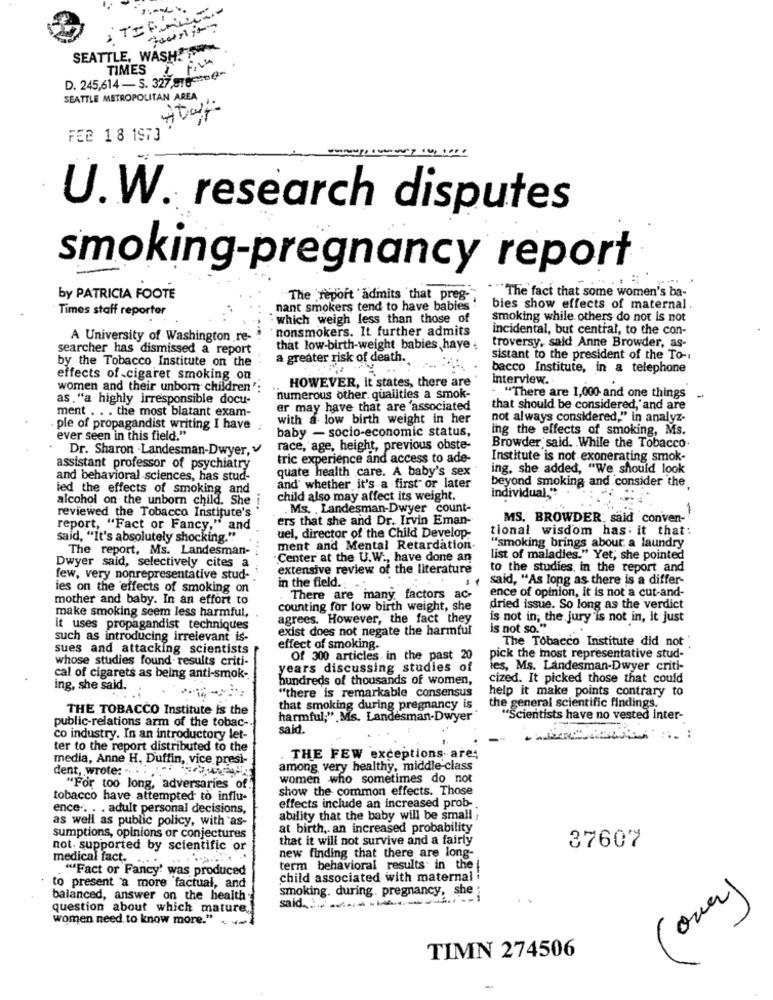
fourty
SEATTLE, WASH
TIMES I FINA
D. 245,614 - S. 327 876cte(-
SEATTLE METROPOLITAN AREA
FEB 18 1973
=:
U.W. research disputes
smoking-pregnancy report
by PATRICIA FOOTE
The report admits that preg-
"The fact that some women's ba-
Times staff reporter
nant smokers tend to have babies
bies show effects of maternal.
- which weigh less than those of
smoking while others do not is not
nonsmokers. It further admits
incidental, but central, to the con-
A University of Washington re- .
searcher has dismissed a report
that low-birth-weight babies haye .
troversy, sald Anne Browder, as-
by the Tobacco Institute on the
a greater risk of death.
sistant to the president of the To-
bacco Institute, in a telephone
effects of cigaret smoking on
Interview ..
women and their unborn children":
HOWEVER, it states, there are
as."a highly irresponsible docu-
numerous other. qualities a smok-
"There are 1,000 and one things
ment . . . the most blatant exam-
er may have that are associated
that should be considered, and are
with a low birth weight in her
not always considered," in analyz-
. ple of propagandist writing I have ;
baby - socio-economic status,
ing the effects of smoking, Ms.
ever seen in this field."
Dr. Sharon . Landesman-Dwyer,
race, age, height, previous obste-
Browder said. . While the Tobacco.
tric experience and access to ade-
Institute is not exonerating smok-
assistant professor of psychiatry
quate health care. A baby's sex
ing. she added, "We should look
and behavioral sciences, has stud-
beyond smoking and consider the
led the effects of smoking and
and whether it's a first or later
individual."
alcohol on the unborn child. She
child also may affect its weight.
reviewed the Tobacco Institute's
. Ms. . Landesman-Dwyer count-
1
ers that she and Dr. Irvin Eman-
MS. BROWDER, said conven-
report, "Fact or Fancy," and
uel, director of the Child Develop-
tional wisdom has. it that:
said, "It's absolutely shocking."
The report, Ms. Landesman-
ment and Mental Retardation
"smoking brings about. a laundry
Center at the U.W ., have done an
list of maladies." Yet; she pointed
Dwyer said, selectively cites a
extensive review of the literature
to the studies, in the report and
few, very nonrepresentative stud-
said, "As long as there is a differ-
ies on the effects of smoking on
in the field .. ..
ence of opinion, it is not a cut-and-
mother and baby. In an effort to
There are many factors ac-
make smoking seem less harmful,
counting for low birth weight, she
dried issue. So long as the verdict
agrees. However, the fact they
is not in, the jury'is not in, it just
it uses propagandist techniques
exist does not negate the harmful
is not so."
such as introducing irrelevant is-
The Tobacco Institute did not
sues and attacking scientists
effect of smoking.
whose studies found results criti-
Of 300 articles in the past 20
pick the most representative stud-
years discussing studies of
ies, Ms. Landesman-Dwyer criti-
cal of cigarets as being anti-smok-
hundreds of thousands of women,
cized. It picked those that could
ing, she said.
"there is remarkable consensus
help it make points contrary to
the general scientific findings.
THE TOBACCO Institute is the
that smoking during pregnancy is
public-relations arm of the tobac-
harmful;" Ms. Landesman-Dwyer
"Scientists have no vested Inter-
said.
co industry. In an introductory let-
ter to the report distributed to the
media, Anne H. Duffin, vice presi-
THE FEW exceptions are;
dent, wrote: 54
among very healthy, middle class
women who sometimes do not
"For too long, adversaries of
show the common effects. Those
tobacco have attempted to influ-
ence .. . . adult personal decisions,
effects include an increased prob-
as well as public policy, with as-
ability that the baby will be small
at birth .. an increased probability
sumptions, opinions or conjectures
that it will not survive and a fairly
not. supported by scientific or
new finding that there are long-
37607
medical fact. .......
"Fact or Fancy' was produced
term behavioral results in the
child associated with maternal
to present "a more factual, and
smoking. during. pregnancy, she
balanced, answer on the health
question about which mature,
women need to know more." .
TIMN 274506